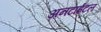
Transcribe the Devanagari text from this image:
अनटाईटल